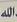
الله